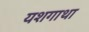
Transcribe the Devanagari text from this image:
यशगाथा